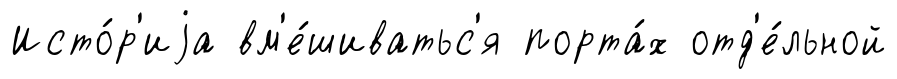
Исто́р'иjа вм'е́шиватьс'я порта́х отд'е́льной